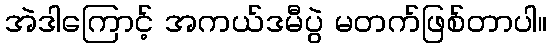
အဲဒါကြောင့် အကယ်ဒမီပွဲ မတက်ဖြစ်တာပါ။